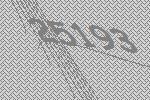
25193